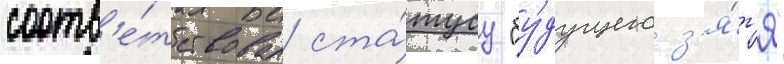
соотв'е́тствовал ста́тусу "бу́дущего з'я́т'я"